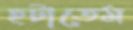
হটাতেম